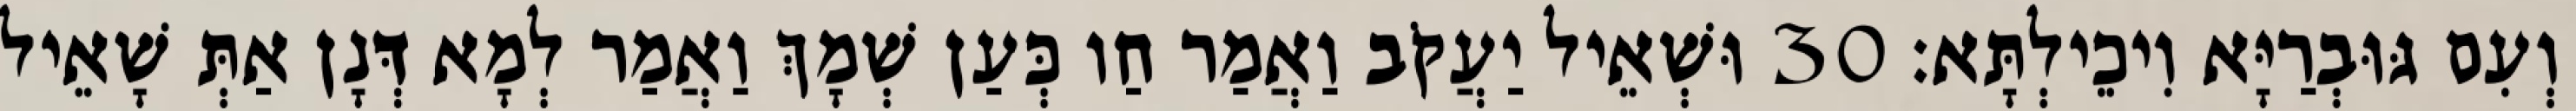
וְעִם גּוּבְרַיָּא וִיכֵילְתָּא׃ 30 וּשְׁאֵיל יַעֲקֹב וַאֲמַר חַו כְּעַן שְׁמָךְ וַאֲמַר לְמָא דְּנָן אַתְּ שָׁאֵיל